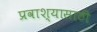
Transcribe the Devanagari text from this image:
प्रवाश्यासाठी